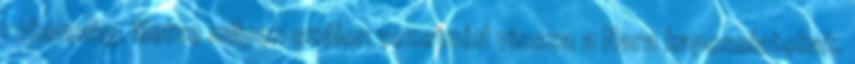
rokonság, illetve milyen szálon vezetnéd vissza a Nara kapcsolatokat.